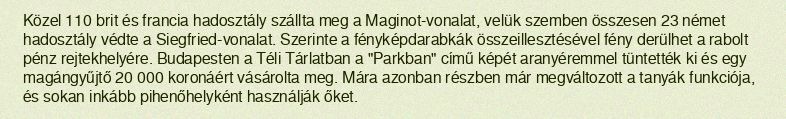
Közel 110 brit és francia hadosztály szállta meg a Maginot-vonalat, velük szemben összesen 23 német hadosztály védte a Siegfried-vonalat. Szerinte a fényképdarabkák összeillesztésével fény derülhet a rabolt pénz rejtekhelyére. Budapesten a Téli Tárlatban a "Parkban" című képét aranyéremmel tüntették ki és egy magángyűjtő 20 000 koronáért vásárolta meg. Mára azonban részben már megváltozott a tanyák funkciója, és sokan inkább pihenőhelyként használják őket.